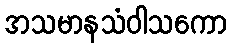
အသမာနသံဝါသကော